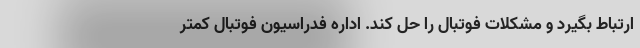
ارتباط بگیرد و مشکلات فوتبال را حل کند. اداره فدراسیون فوتبال کمتر